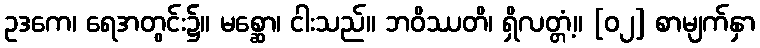
ဥဒကေ၊ ရေအတွင်း၌။ မစ္ဆော၊ ငါးသည်။ ဘဝိဿတိ၊ ရှိလတ္တံ့။ [၀၂] စာမျက်နှာ